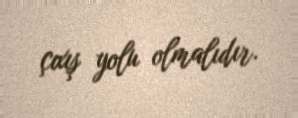
çıxış yolu olmalıdır.